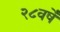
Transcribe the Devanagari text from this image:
२८वर्षे